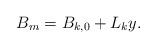
LaTeX: \begin{align*} B_m = B_{k,0} + L_k y.\end{align*}